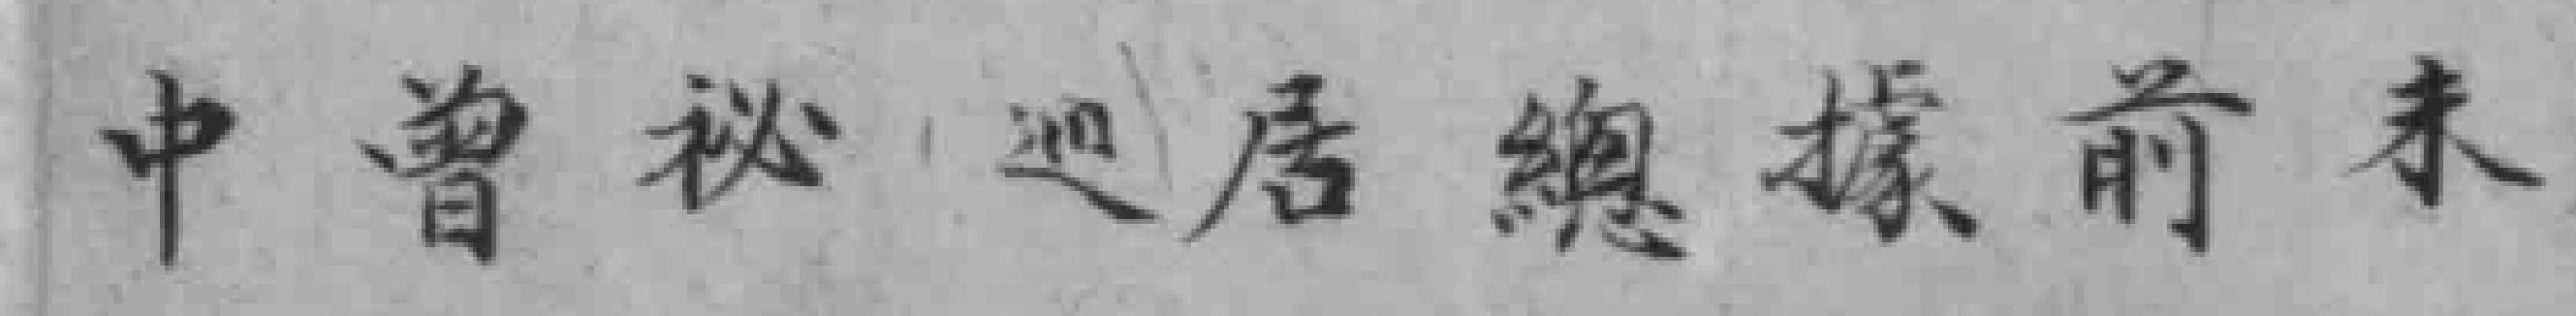
中曾秘巡居總據前来